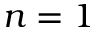
n = 1